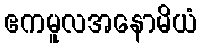
ဧကမူလအနောမိယံ